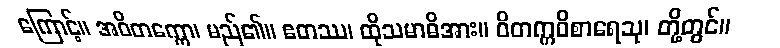
ကြောင့်။ အဝိတက္ကော၊ မည်၏။ ဧတဿ၊ ထိုသမာဓိအား။ ဝိတက္ကဝိစာရေသု၊ တို့တွင်။